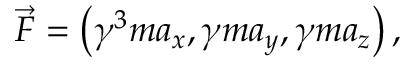
{ \vec { F } } = \left( \gamma ^ { 3 } m a _ { x } , \gamma m a _ { y } , \gamma m a _ { z } \right) ,